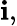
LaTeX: \mathbf{i},